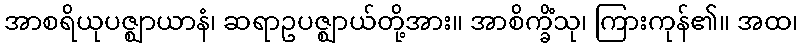
အာစရိယုပဇ္ဈာယာနံ၊ ဆရာဥပဇ္ဈာယ်တို့အား။ အာစိက္ခိံသု၊ ကြားကုန်၏။ အထ၊